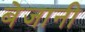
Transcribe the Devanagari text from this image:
बेजानी